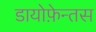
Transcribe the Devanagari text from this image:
डायोफ़ेन्तस